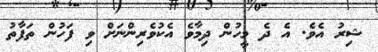
ޝިރު އެވެ. އެ ދެ މީހުން ދިމާވެ އެކުވެރިންނަށް ވި ފަހުން ތަފާތު